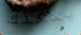
يمكنك